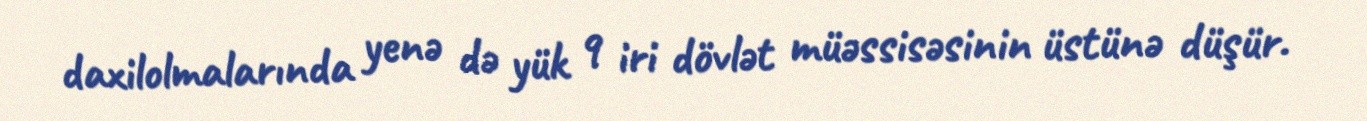
daxilolmalarında yenə də yük 9 iri dövlət müəssisəsinin üstünə düşür.